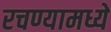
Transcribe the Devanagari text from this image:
रचण्यामध्ये